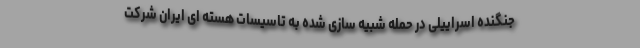
جنگنده اسراییلی در حمله شبیه سازی شده به تاسیسات هسته ای ایران شرکت